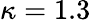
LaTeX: \kappa=1.3